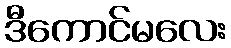
ဒီကောင်မလေး